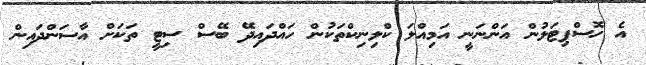
އެ ހޮސްޕިޓަލުން އަންނަނީ އަމިއްލަ ކްލިނިކްތަކުން ހައްދައިދޭ ބޭސް ސިޓީ ތަކަށް އާސަންދައިން